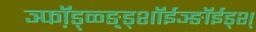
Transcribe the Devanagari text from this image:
ञ्फॉ़ड़्ळ्ङ़्ड्शॉईञ्ङॉईड्श्